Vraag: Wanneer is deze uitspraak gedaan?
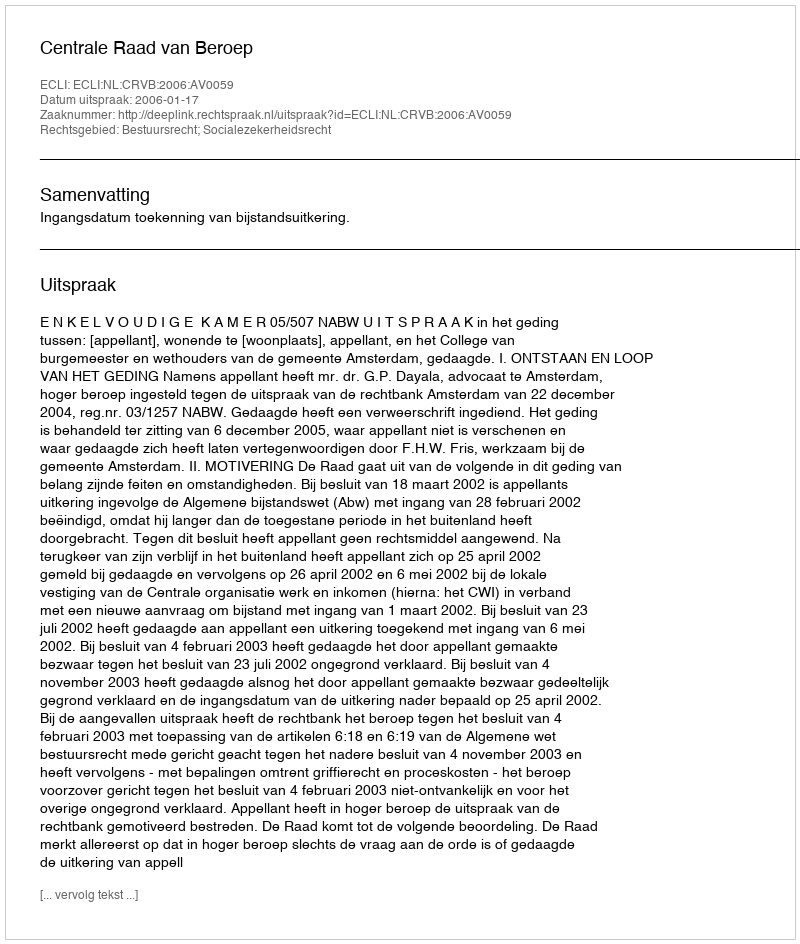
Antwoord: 2006-01-17